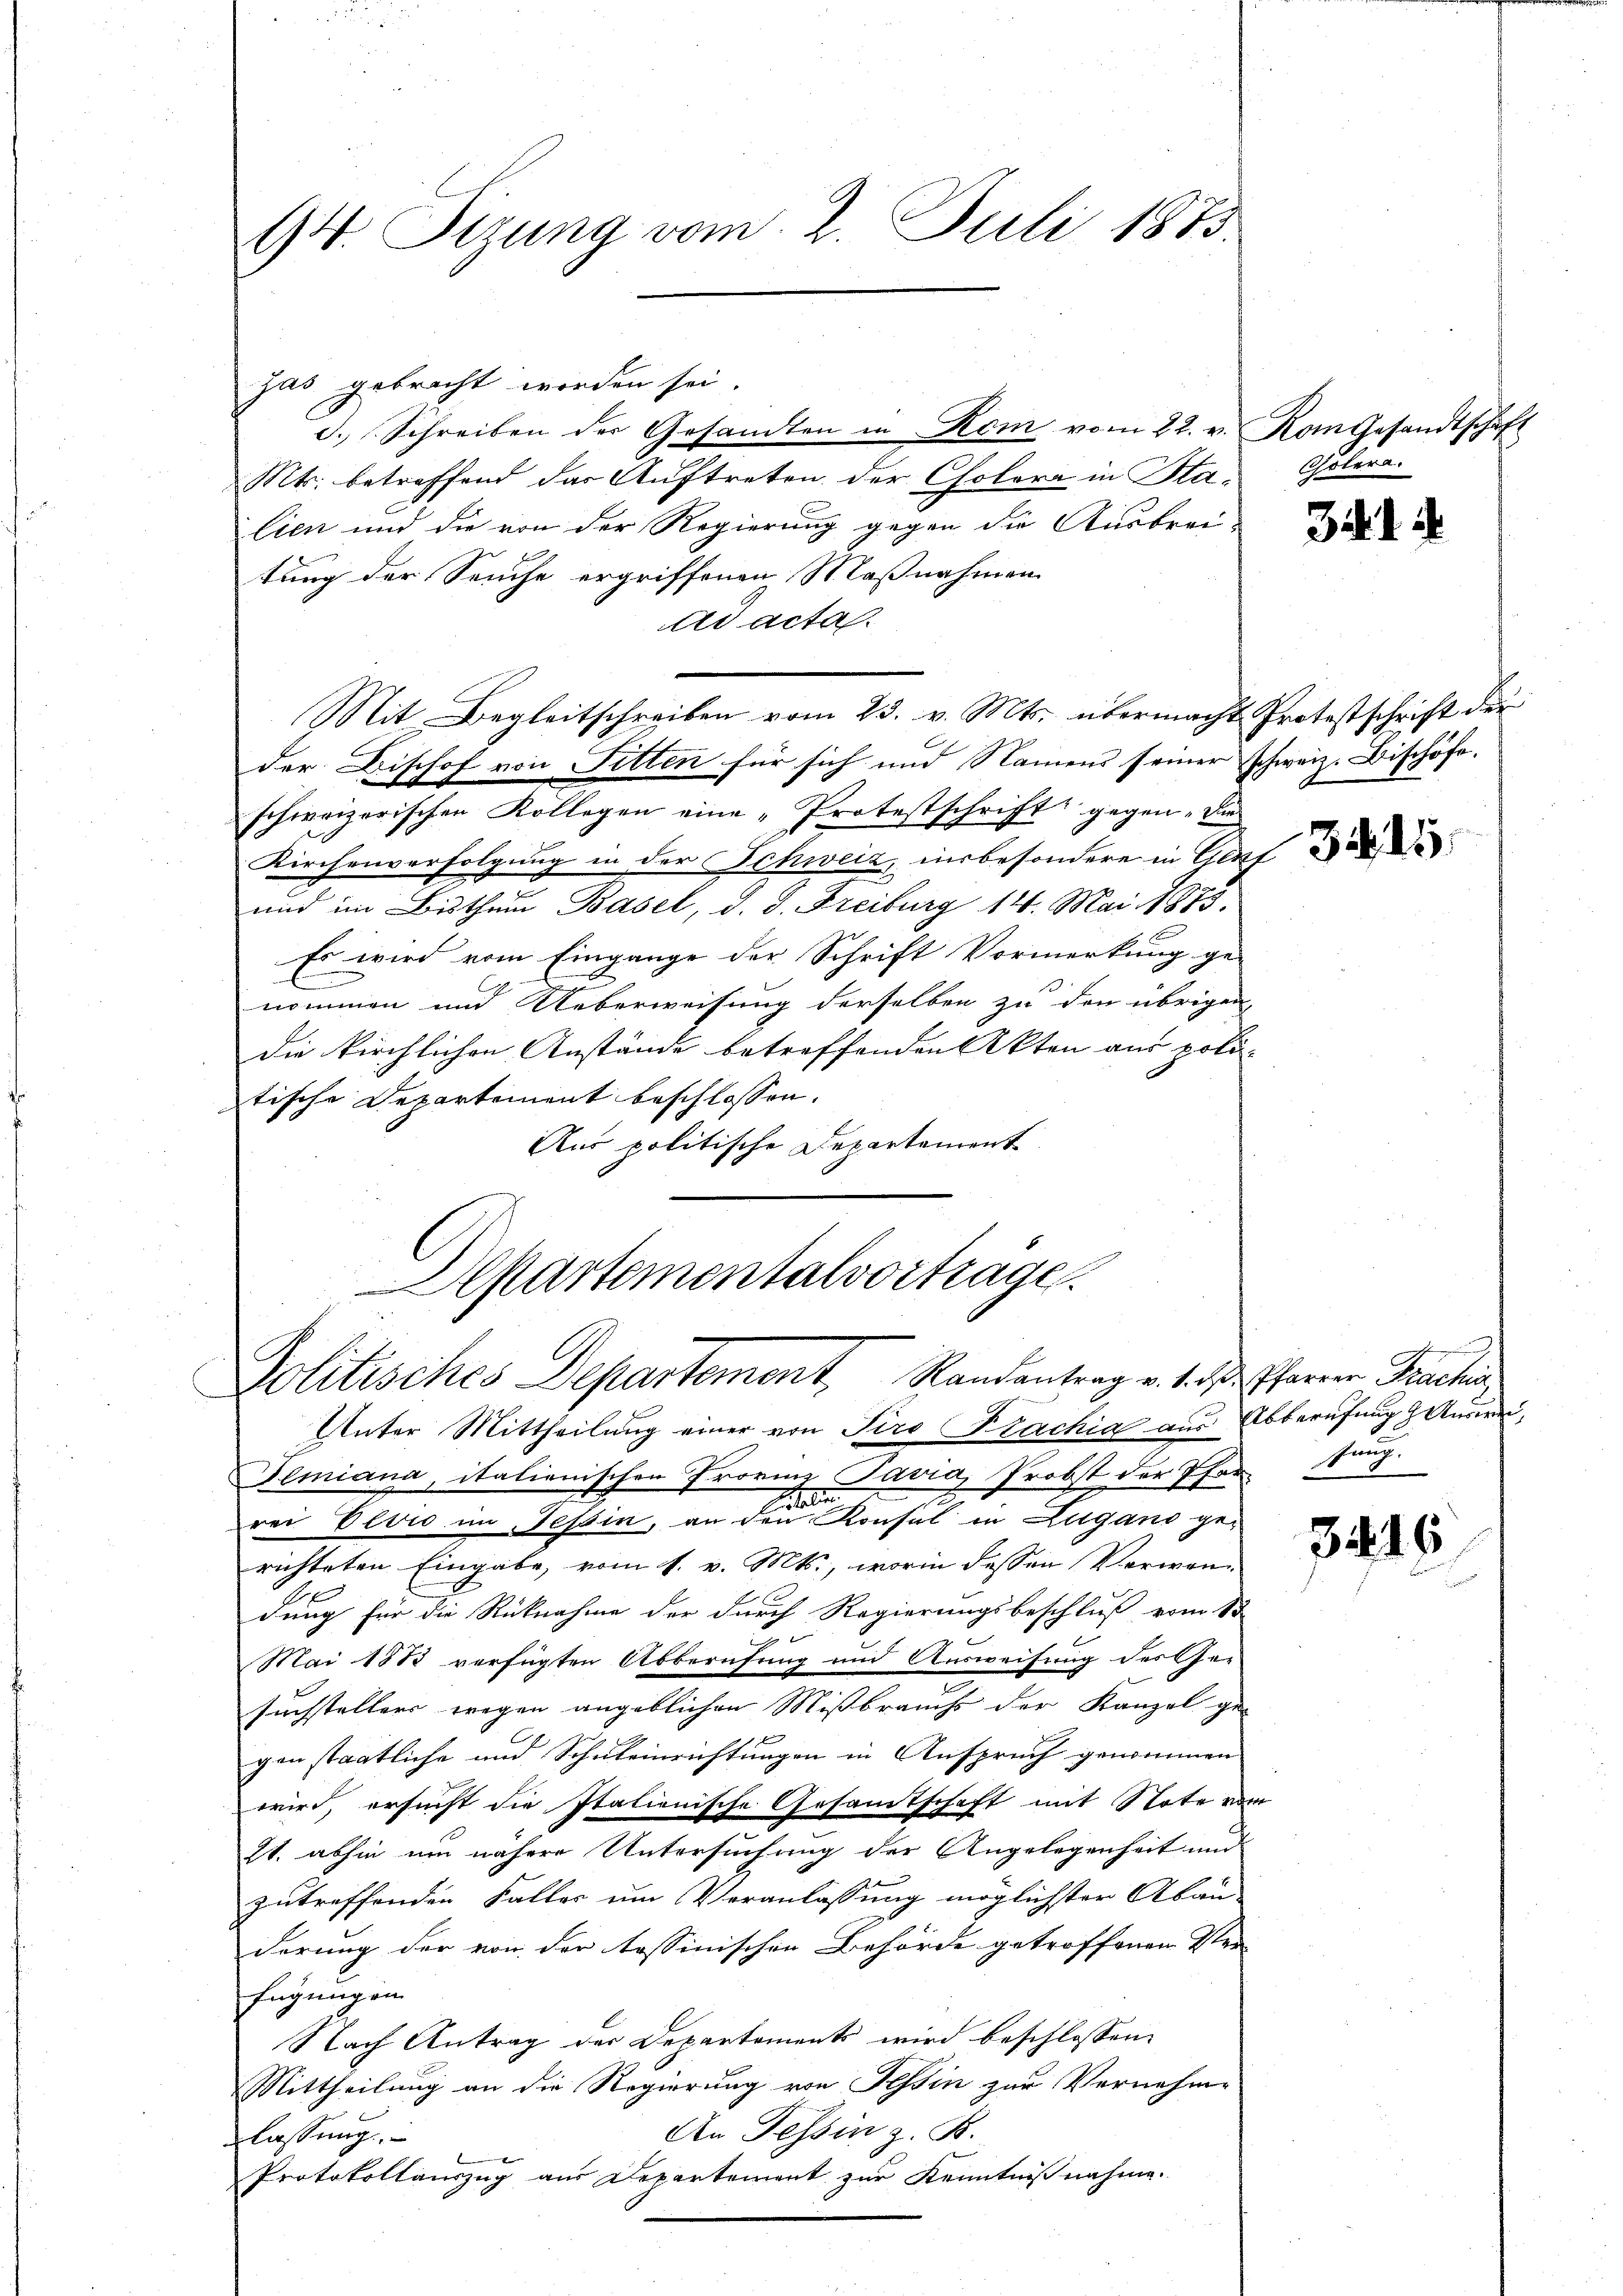
94. Sizung vom 2. Juli 1873.

zas gebracht worden sei.
d. Schreiben der Gesandten in Rom vom 22. v. Rom gesandtschaft
Mts. betreffend das Auftreten der Cholera in Stalien und die von der Regierung gegen die Ausbrei-
tung der Seuche ergriffenen Maßnahmen
ad acta.
Mit Begleitschreiben vom 23. v. Mts. übermacht Protestschrift de
der Bischof von Fitten für sich und Namens seiner Schweiz. Bischöfe.
schweizerischen Kollegen eine „Protestschrift gegen „Die
Kirchenverfolgung in der Schweiz, insbesondere in Altf
und im Bisthum Basel, d. d. Freiburg 14. Mai 1873.
Es wird vom Eingange der Schrift Vormerkung ge-
nommen und Ueberweisung derselben zu den übrigen,
die kirchlichen Anstände betreffenden Akten aus poli-
tische Departement beschlossen.
Aus politische Departement
Departementalvorträge

Politisches Departement, Randantrag v. M. h. Pfarrer Pracha

Cholera.

Unter Mittheilung einer von Tiro Brachia aus Abberufung Aus¬
Demiana, italienischen Provinz Pavia, Probst der Pfar
Konsul in Lugano ge-
rei Elvio im Tessin, an den
richteten Eingabe, vom 1. v. Mts., worin dessen Verwan-
dung für die Rücknahme der durch Regierungsbeschluß vom 13
Mai 1812 verfügten Abberufung und Ausweisung des Ge-
suchstellers wegen angeblichen Mißbrauchs der Kanzel ge-
gen staatliche und Schuleinrichtungen in Anspruch genommen
wird, ersucht die Italienische Gesamtschaft mit Note vom
21. abhin um nähere Untersuchung der Angelegenheit und
zutreffenden Faller um Veranlassung möglichster Abau-
derung der von der tessinischen Behörde getroffenen Ver-
fügungen
Nach Antrag der Departements wird beschlossen,
Mittheilung an die Regierung von Tessin zur Vernehme
An Tessin z. B.
lassung
Protokollauszug aus Departement zur Kenntnißnahme.

34. d.

3415

sung.

3416